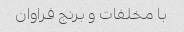
با مخلفات و برنج فراوان